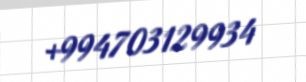
+994703129934